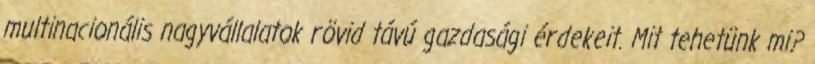
multinacionális nagyvállalatok rövid távú gazdasági érdekeit. Mit tehetünk mi?